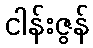
ငါန်းဇွန်